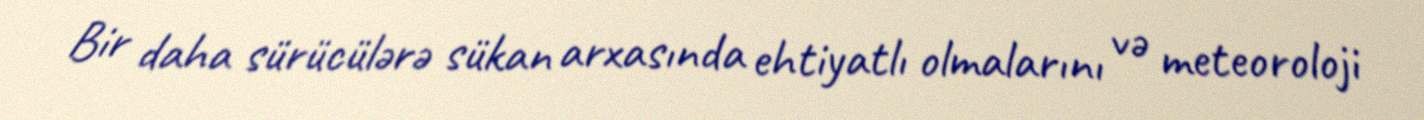
Bir daha sürücülərə sükan arxasında ehtiyatlı olmalarını və meteoroloji